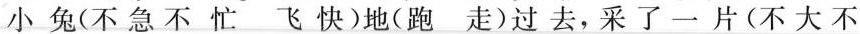
小兔(不急不忙飞快)地(跑 走)过去,采了一片(不大不